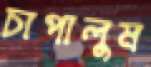
চাপালুম